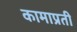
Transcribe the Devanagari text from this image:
कामाप्रती